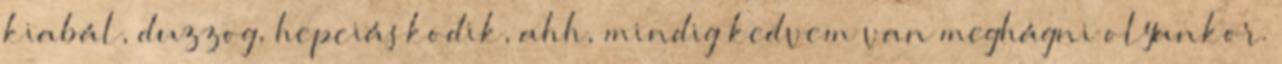
kiabál, duzzog, hepciáskodik, ahh, mindig kedvem van meghágni olyankor.